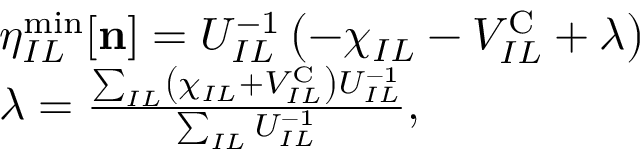
\begin{array} { r l } & { \eta _ { I L } ^ { \mathrm { m i n } } [ { \bf n } ] = U _ { I L } ^ { - 1 } \left( - \chi _ { I L } - V _ { I L } ^ { \mathrm { C } } + \lambda \right) } \\ & { \lambda = \frac { \sum _ { I L } \left( \chi _ { I L } + V _ { I L } ^ { \mathrm { C } } \right) U _ { I L } ^ { - 1 } } { \sum _ { I L } U _ { I L } ^ { - 1 } } , } \end{array}